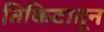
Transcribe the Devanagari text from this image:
तिकिटातून